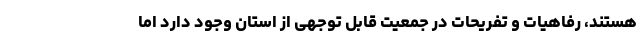
هستند، رفاهیات و تفریحات در جمعیت قابل توجهی از استان وجود دارد اما